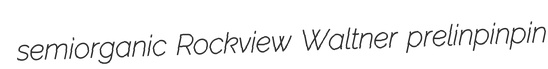
semiorganic Rockview Waltner prelinpinpin